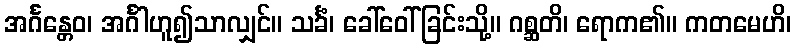
အင်္ဂန္တေဝ၊ အင်္ဂါဟူ၍သာလျှင်။ သင်္ခံ၊ ခေါ်ဝေါ်ခြင်းသို့။ ဂစ္ဆတိ၊ ရောက၏။ ကတမေဟိ၊